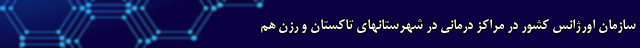
سازمان اورژانس کشور در مراکز درمانی در شهرستانهای تاکستان و رزن هم